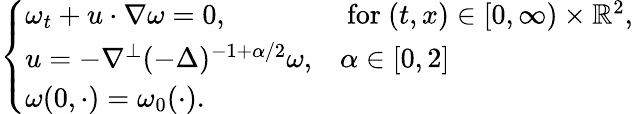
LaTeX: \begin{array}{r}{\left\{ \begin{array}{ll}{\omega_{t}+u\cdot\nabla\omega=0,}&{\mathrm{~for~}(t,x)\in[0,\infty)\times\mathbb{R}^{2},}\\ {u=-\nabla^{\perp}(-\Delta)^{-1+\alpha/2}\omega,}&{\alpha\in[0,2]}\\ {\omega(0,\cdot)=\omega_{0}(\cdot).}\end{array}\right.}\end{array}